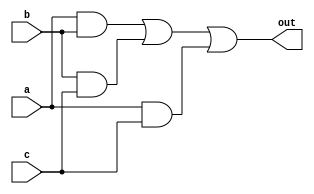
`timescale 1ns / 1ps
//////////////////////////////////////////////////////////////////////////////////
//   Student number: 99210067        
//////////////////////////////////////////////////////////////////////////////////

module Voter
#(parameter data_len = 16)(
	input wire [data_len-1:0] a,
	input wire [data_len-1:0] b,
	input wire [data_len-1:0] c,
	output wire [data_len-1:0] out
   );

	assign out = (a&b) | (b&c) | (a&c);

endmodule